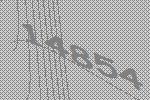
14854